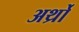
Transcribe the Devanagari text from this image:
अर्थ्रो